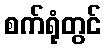
စက်ရုံတွင်